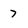
Character: 7